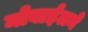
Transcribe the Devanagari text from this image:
मोबाईलने